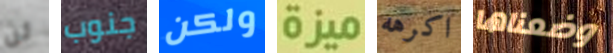
لن جنوب ولكن ميزة اكرهه وضعناها